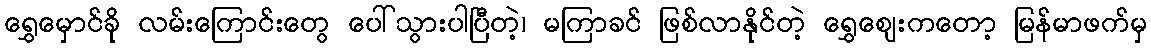
ရွှေမှောင်ခို လမ်းကြောင်းတွေ ပေါ်သွားပါပြီတဲ့၊ မကြာခင် ဖြစ်လာနိုင်တဲ့ ရွှေဈေးကတော့ မြန်မာဖက်မှ